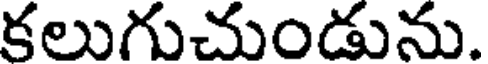
కలుగుచుండును.